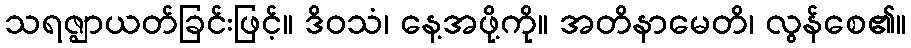
သရဇ္ဈာယတ်ခြင်းဖြင့်။ ဒိဝသံ၊ နေ့အဖို့ကို။ အတိနာမေတိ၊ လွန်စေ၏။